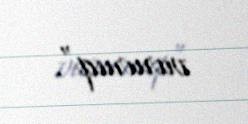
vururuq”.